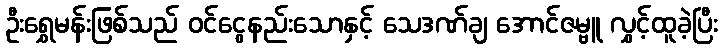
ဦးရွှေမန်းဖြစ်သည် ဝင်ငွေနည်းသောနှင့် သေဒဏ်ချ အောင်ဇမ္ဗူ လွှင့်ထူခဲ့ပြီး